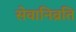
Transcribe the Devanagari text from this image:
सेवानिव्रति